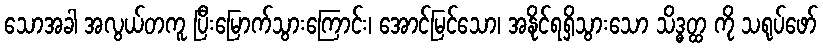
သောအခါ အလွယ်တကူ ပြီးမြောက်သွားကြောင်း၊ အောင်မြင်သော၊ အနိုင်ရရှိသွားသော သိဒ္ဓတ္ထ ကို သရုပ်ဖော်